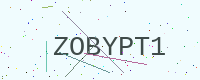
Text: ZOBYPT1